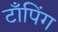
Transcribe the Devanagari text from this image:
टाँपिंग